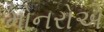
મોનરોએ